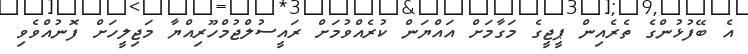
އެ ބޭފުޅުންގެ ތެެރެއިން ޕީޖީގެ މަގާމަށް އައްޔަން ކުރެއްވުމަށް ރައީސުލްޖުމްހޫރިއްޔާ މަޖިލީހަށް ފޮނުއްވެވި